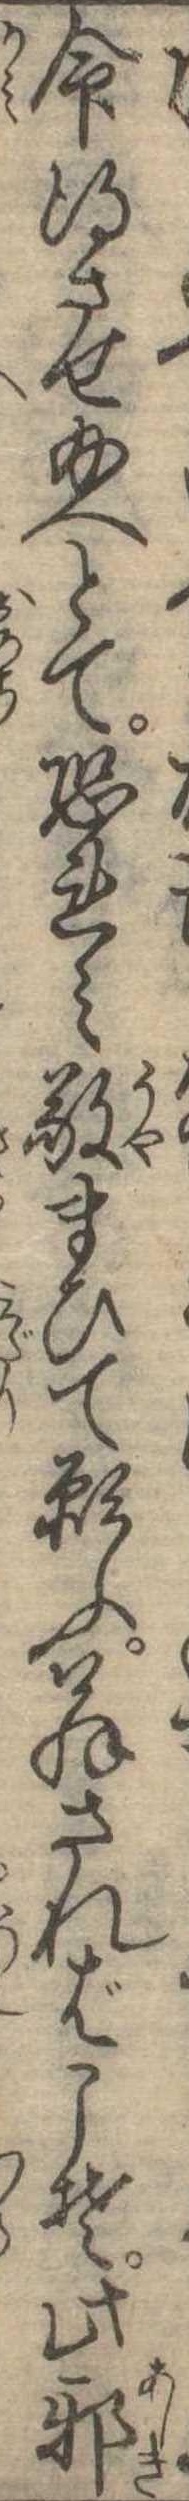
命得させ給へとて恐れみ敬まひて願ふ翁さればこそ此邪